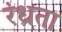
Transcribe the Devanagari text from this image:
रंध्रता